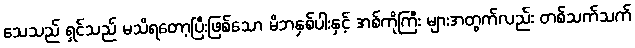
သေသည် ရှင်သည် မသိရတော့ပြီးဖြစ်သော မိဘနှစ်ပါးနှင့် အစ်ကိုကြီး များအတွက်လည်း တစ်သက်သက်